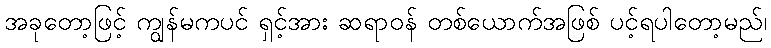
အခုတော့ဖြင့် ကျွန်မကပင် ရှင့်အား ဆရာဝန် တစ်ယောက်အဖြစ် ပင့်ရပါတော့မည်၊